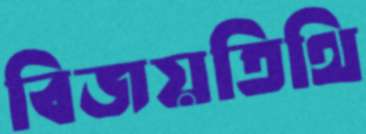
বিজয়তিথি